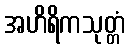
အဟိရိကသုတ္တံ